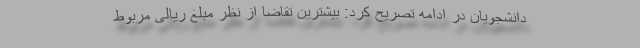
دانشجویان در ادامه تصریح کرد: بیشترین تقاضا از نظر مبلغ ریالی مربوط